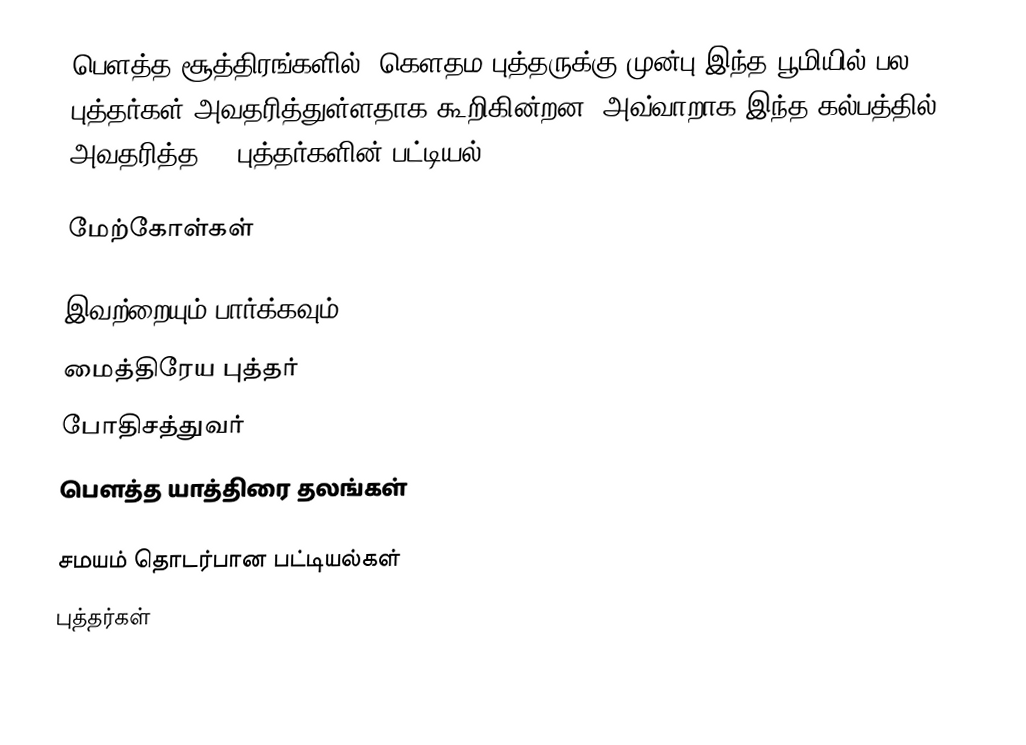
பௌத்த சூத்திரங்களில், கௌதம புத்தருக்கு முன்பு இந்த பூமியில் பல புத்தர்கள் அவதரித்துள்ளதாக கூறிகின்றன. அவ்வாறாக இந்த கல்பத்தில் அவதரித்த 28 புத்தர்களின் பட்டியல்;

மேற்கோள்கள்

இவற்றையும் பார்க்கவும்
மைத்திரேய புத்தர்
போதிசத்துவர்
 பௌத்த யாத்திரை தலங்கள்

சமயம் தொடர்பான பட்டியல்கள்
புத்தர்கள்